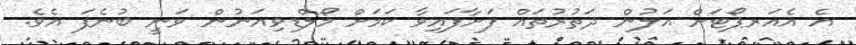
އެ އެއަރޕޯޓަށް އަލުން ދަތުރުތައް ފަށާފައިވާ ކަމަށް މޯލްޑިވިއަނުން ވަނީ ބުނެފަ އެވެ.